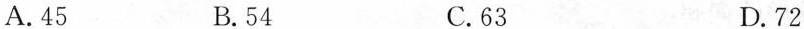
A.45 B.54 C.63 D.72